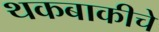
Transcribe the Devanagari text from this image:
थकबाकीचे